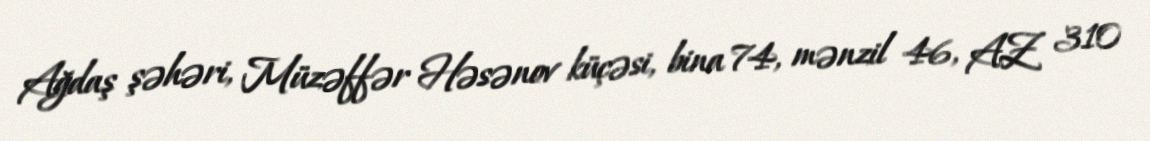
Ağdaş şəhəri, Müzəffər Həsənov küçəsi, bina 74, mənzil 46, AZ 310